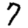
Digit: 7